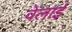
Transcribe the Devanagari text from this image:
वेलाई